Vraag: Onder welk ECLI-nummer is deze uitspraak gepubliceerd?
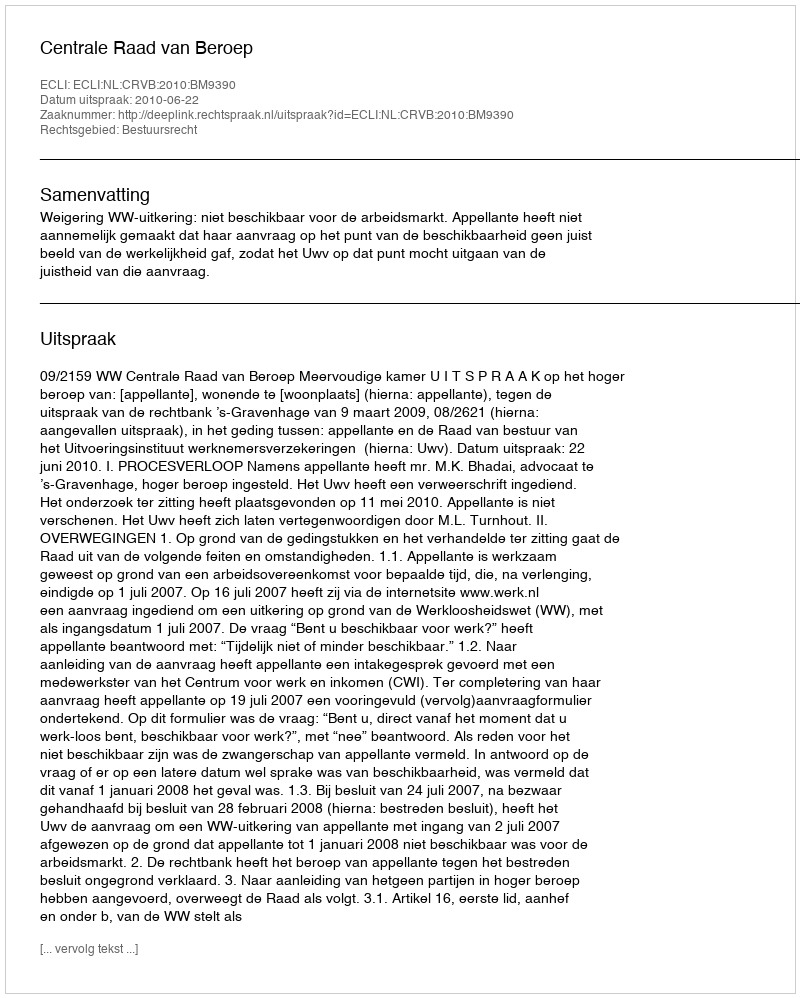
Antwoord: ECLI:NL:CRVB:2010:BM9390